system: You are a helpful assistant.
user:
Analyze the provided spectrum to determine if it is a **"Cataclysmic Variables (CV)"**.

- **Key Indicators for CV (Check for either state):**
    - **State 1: Quiescent / Low-State (Emission-Dominated)**
        - **(Primary):** Strong and *very broad* Hydrogen Balmer emission lines (e.g., $H\alpha$ at 6563 Å, $H\beta$ at 4861 Å). The 'broadness' (high velocity dispersion, often FWHM > 1000 km/s) is the key diagnostic, indicating a high-velocity accretion disk.
        - **(Secondary):** Broad neutral Helium (He I) emission lines (e.g., 5876 Å, 6678 Å).
        - **(Key Confirmation):** Presence of high-excitation *ionized* Helium (He II) emission at 4686 Å. This is a strong indicator of accretion onto a white dwarf.
        - **(Line Profile):** Emission lines may exhibit a 'double-peaked' profile, which is a classic signature of a rotating accretion disk viewed at high inclination.

    - **State 2: Outburst / High-State (Absorption-Dominated)**
        - **(Primary):** Spectrum is dominated by a bright, blue continuum (looks like a hot star).
        - **(Secondary):** The emission lines from State 1 are weak, absent, or 'filled in', and are replaced by broad, shallow *absorption* lines (primarily Balmer and He I).
        - **(Morphology):** The overall spectrum mimics a hot B/A-type star. The crucial difference is that the absorption lines are significantly broader, shallower, and more 'washed-out' (or 'smeared') than the sharp lines of a normal stellar photosphere, due to high rotational speeds and pressure broadening in the disk.

Think first, call **spectral_visualization_tool** if needed to examine features in detail, then provide your final answer. Your response must adhere to the following strict rules:
1.  **Overall Structure:** Your response must follow the format `<think>...</think> <tool_call>...</tool_call> (if a tool is used) <answer>...</answer>`.
2.  **Tool Usage Constraint:** You may only make **one** tool call per turn.
3.  **Final Answer Format:** In the `<answer>` tag, your conclusion must be inside a `\boxed{}` command (e.g., `\boxed{YES}`), followed by your justification.

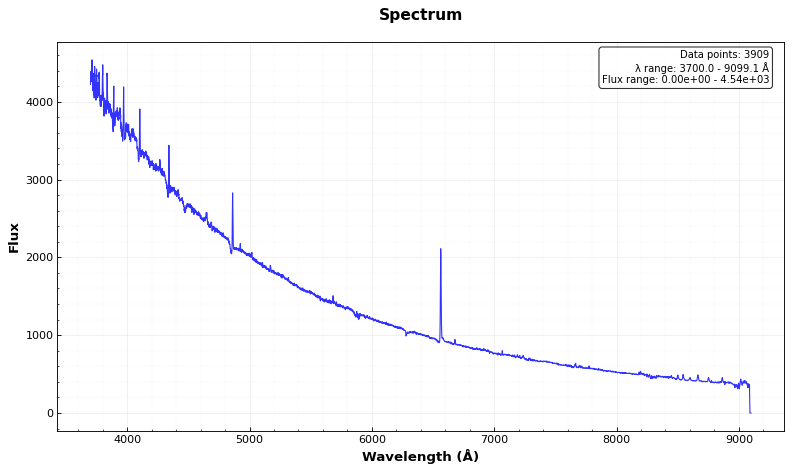
Answer: YES